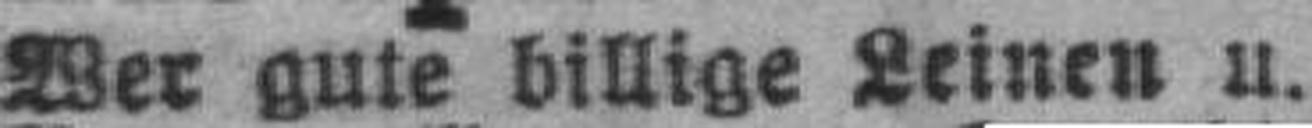
Wer gute billige Leinen u.